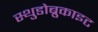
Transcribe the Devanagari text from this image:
स्थुडोब्रुकाइट